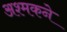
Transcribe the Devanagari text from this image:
अश्मकने